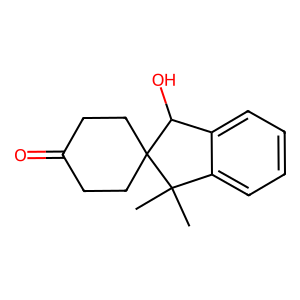
SMILES: CC1(C)c2ccccc2C(O)C12CCC(=O)CC2
Inhibits HIV replication: No